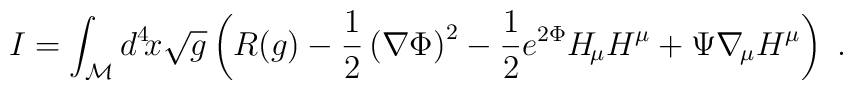
I=\int_{\cal{M}} d^4 \! x \sqrt{g} \left(R(g) - {1 \over 2}\left(\nabla \Phi \right)^2 - {1 \over 2} e^{2 \Phi} H_{\!\mu} H^{\mu}+ \Psi \nabla_{\!\mu} H^{\mu} \right) \ .